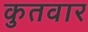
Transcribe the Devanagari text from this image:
कुतवार